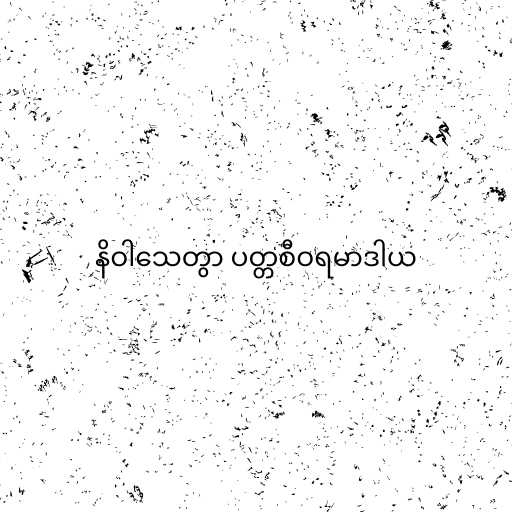
နိဝါသေတွာ ပတ္တစီဝရမာဒါယ